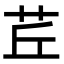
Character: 茊